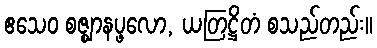
ဧသေဝ စဇ္ဈာနပ္ဖလော, ယတြဋ္ဌိတံ စသည်တည်း။